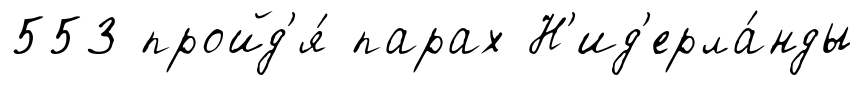
553 пройд'я́ парах Н'ид'ерла́нды